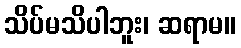
သိပ်မသိပါဘူး၊ ဆရာမ။